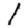
Digit: 1